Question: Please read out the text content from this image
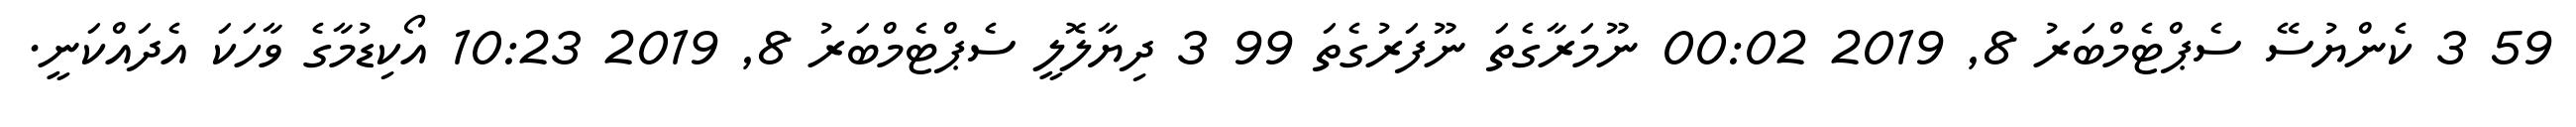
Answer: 59 3 ކެންޔުސޭ ސެޕްޓެމްބަރު 8, 2019 00:02 ނޫމަރާގެތަ ނޫފަރުގެތަ 99 3 ދިޔާލޮލީ ސެޕްޓެމްބަރު 8, 2019 10:23 އޯކިޑުމާގެ ވާހަކަ އެދައްކަނީ.